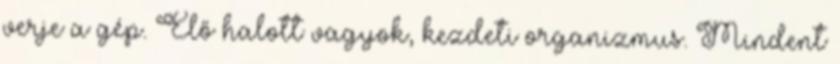
verje a gép. Élő halott vagyok, kezdeti organizmus. Mindent